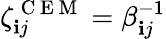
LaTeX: \zeta_{\mathbf{i}j}^{\mathrm{{~C~E~M~}}}=\beta_{\mathbf{i}j}^{-1}